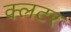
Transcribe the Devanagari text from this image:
क्लटर